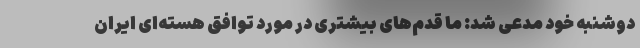
دوشنبه خود مدعی شد: ما قدم‌های بیشتری در مورد توافق هسته‌ای ایران